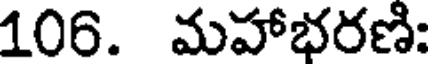
106. మహాభరణి: